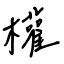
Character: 權